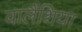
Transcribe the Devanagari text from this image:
वालैंशिया